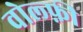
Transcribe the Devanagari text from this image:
वोल्फ़ी